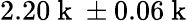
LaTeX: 2.20\mathrm{~k~}\pm 0.06\mathrm{~k~}